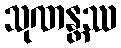
သုဏန္တဿ